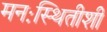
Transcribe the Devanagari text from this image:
मनःस्थितीशी